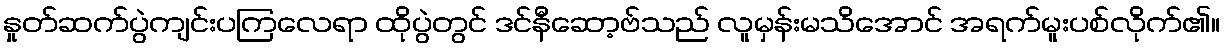
နှုတ်ဆက်ပွဲကျင်းပကြလေရာ ထိုပွဲတွင် ဒင်နီဆော့ဗ်သည် လူမှန်းမသိအောင် အရက်မူးပစ်လိုက်၏။